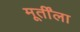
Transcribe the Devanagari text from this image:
मूर्तींला